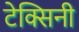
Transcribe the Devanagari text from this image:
टेक्सिनी